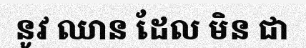
នូវ ឈាន ដែល មិន ជា